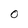
Character: O